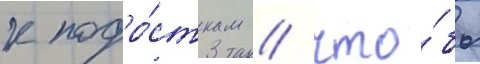
к подро́сткам / что́бы